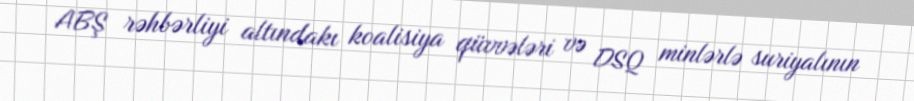
ABŞ rəhbərliyi altındakı koalisiya qüvvələri və DSQ minlərlə suriyalının